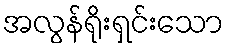
အလွန်ရိုးရှင်းသော